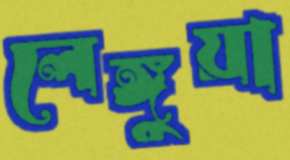
লেঙ্গুয়া